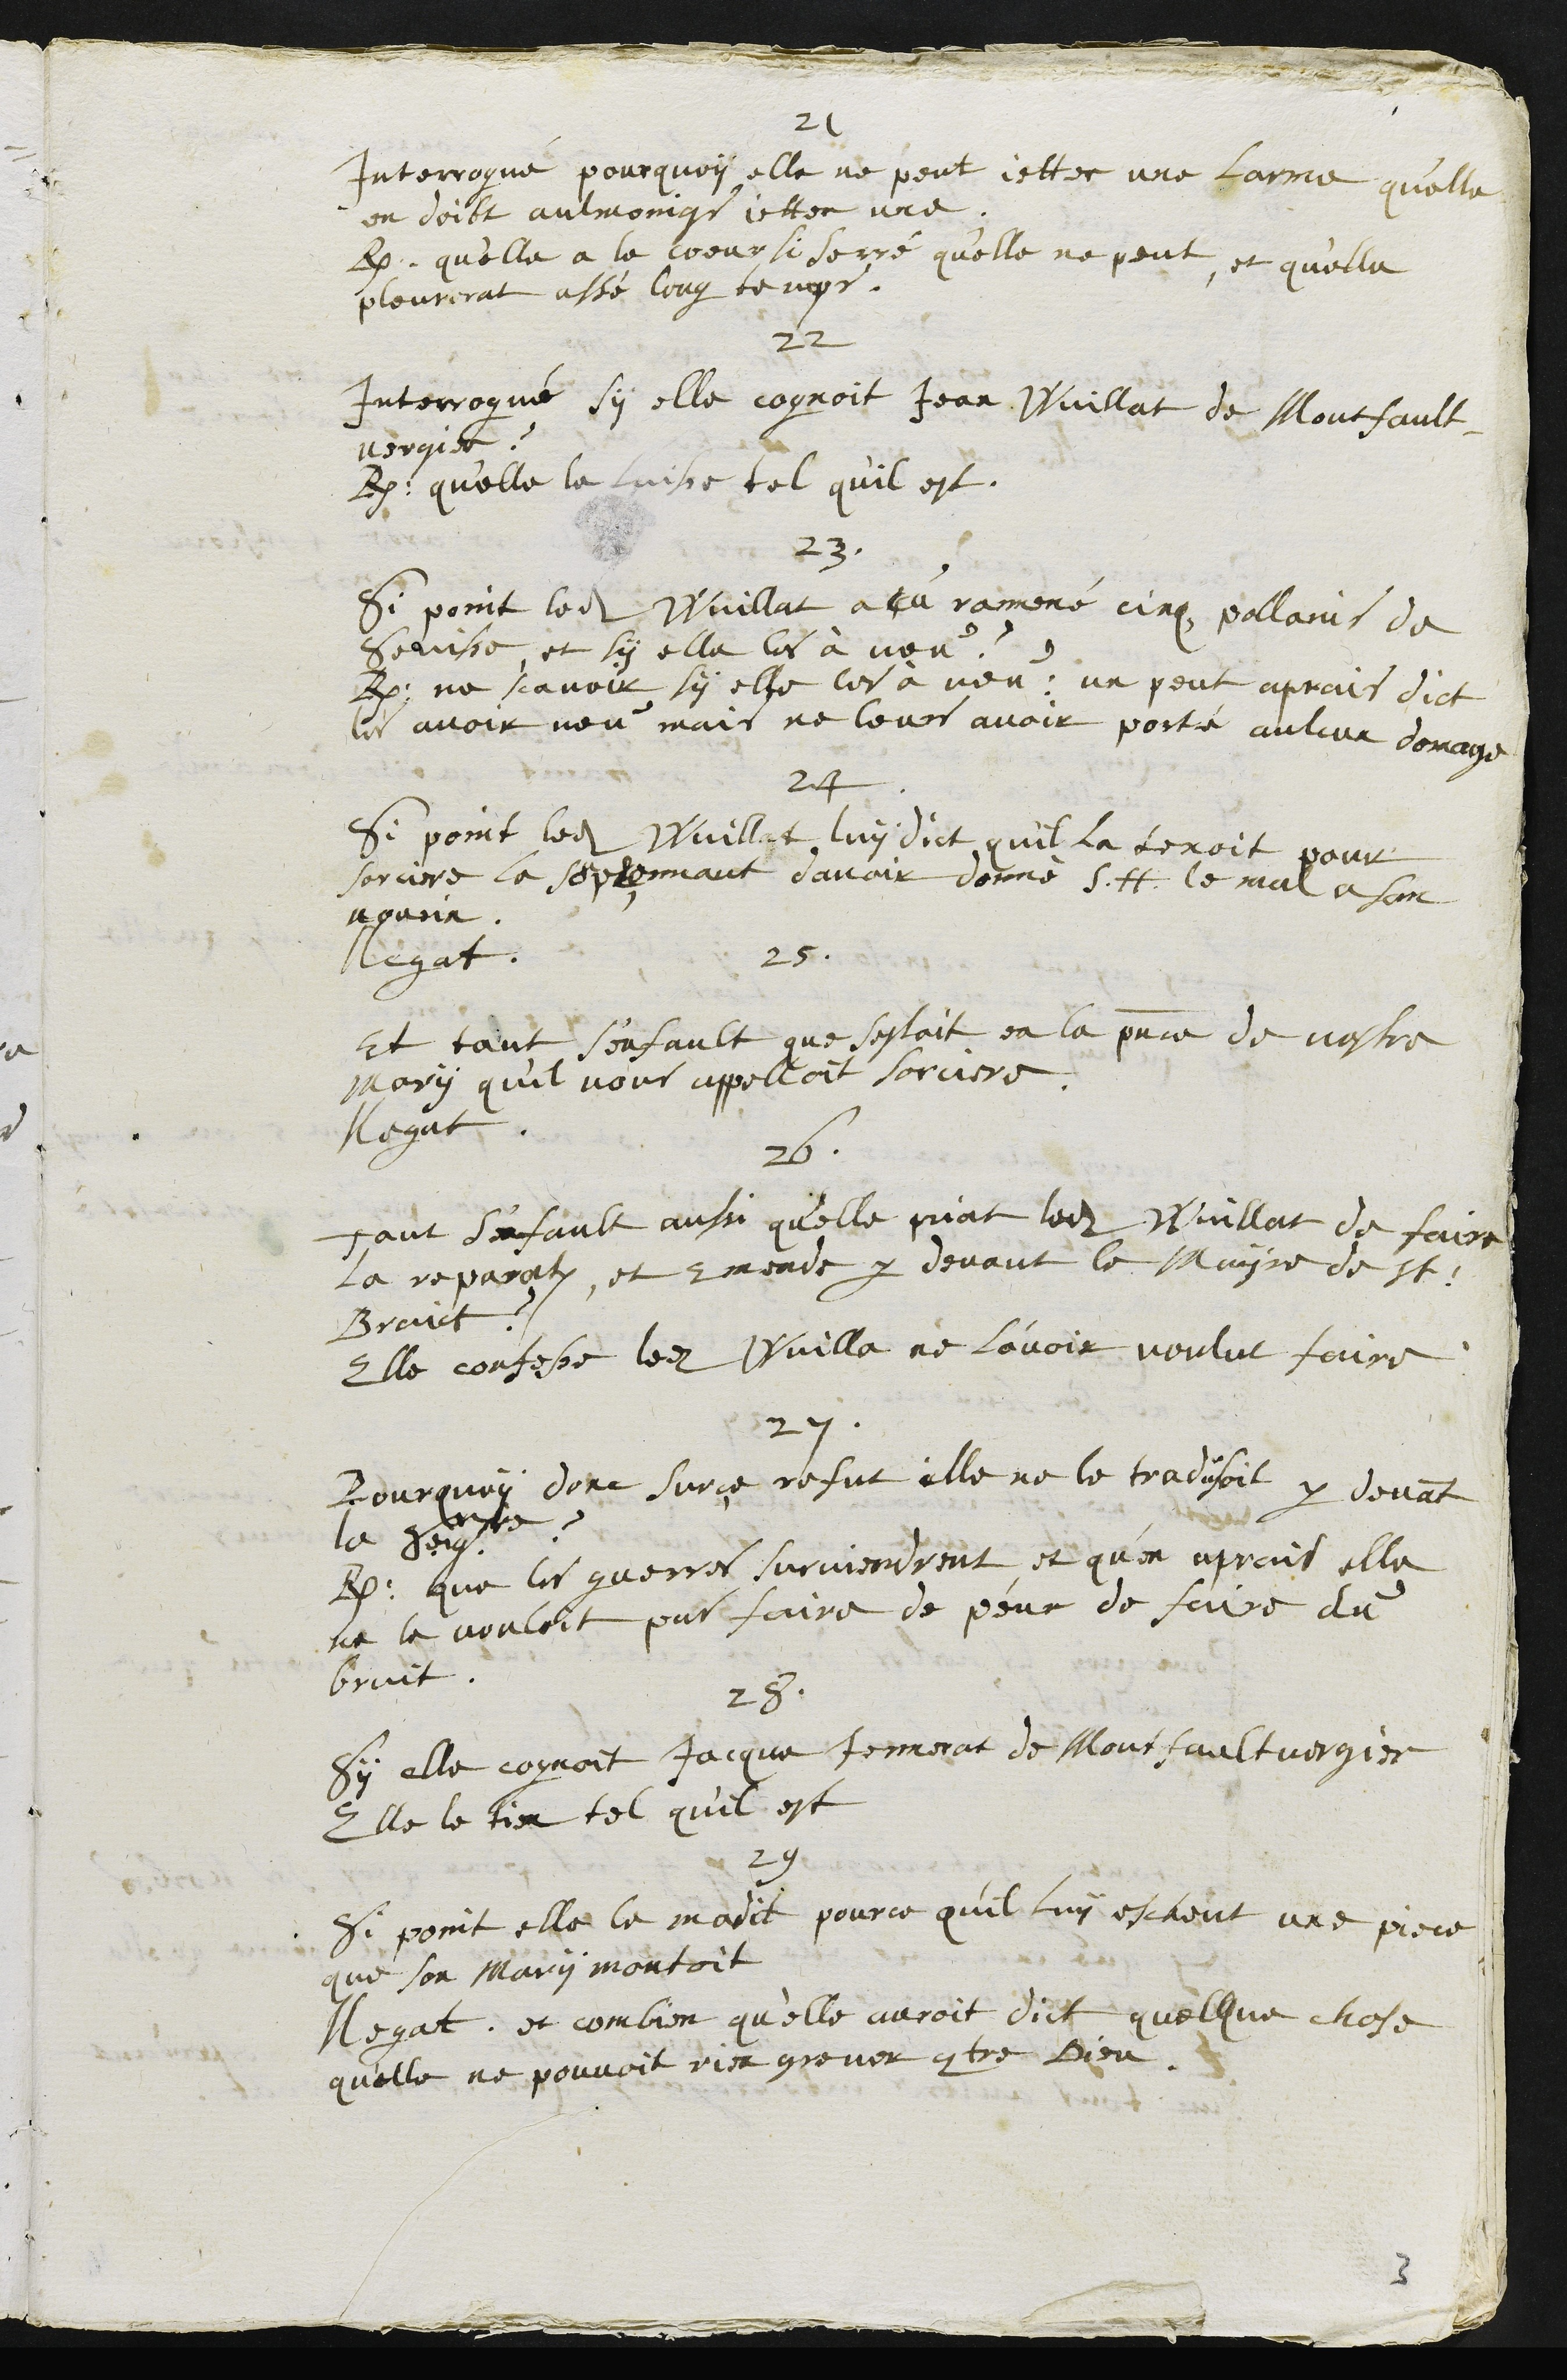
21
Interrogué pourquoy elle ne peut jetter une larme qu'elle
en doibt aulmoings jetter une
R. qu'elle a le coeur serré qu'elle ne peut, et qu'elle
pleurerat assé long temps.
22
Interrogué sy elle cognoit Jean Wuillat de Montfault¬
vergier ?
R. qu'elle le laisse tel quil est.
23
Si point ledit Wuillat a pu ramené cinq pollains de
Senisse et sy elle les à veu ?
R. ne scavoir sy elle les a veu: un peut aprais dict
les avoir veu mais ne leurs avoir porté aulcun domage
24
Si point ledit Wuillat luy dict quil la tenoit pour
sorciere la sopçonnant d'avoir donné s.h. le mal a son
nourin
Negat.
25.
Et tant s'enfault que sestoit en la presence de vostre
mary quil vous appelloit sorciere
Negat.
26.
Tant s'en faut aussi qu'elle priat ledit Wuillat de faire
la reparation, et emende par devant le Mayre de St.
Braict ?
Elle confesse ledit Wuilla ne l'avoir voulut faire
27.
Pourquoy dont sur ce refut elle ne le tradisoit par devant
la Seigneurie ?
R. que les guerres surviendrent et qu'en aprais elle
ne le vouloit pas faire de peur de faire du
bruit.
28.
Sy elle cognoit Jacque Jennerat de Montfaulvergier
Elle le tient tel quil est
29
Si point elle le madit pource qu'il luy escheut une piece
que son mary montoit
Negat, et combien qu’elle auroit dict quelque chose
quelle ne pouvoit rien grever contre Dieu
3